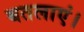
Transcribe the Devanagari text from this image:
बतलाएं।